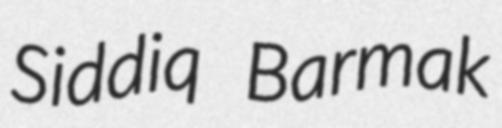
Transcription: Siddiq Barmak